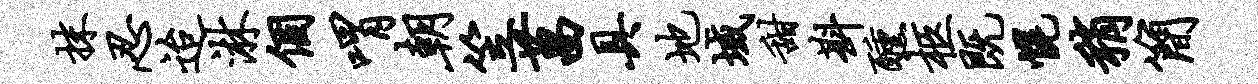
抹忍迨淋个喟朝笠菖具地域甜斟醺柩既幌稍简